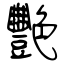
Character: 艷